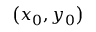
\left( { x _ { 0 } , y _ { 0 } } \right)